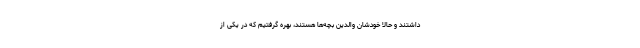
داشتند و حالا خودشان والدین بچه‌ها هستند، بهره گرفتیم که در یکی از